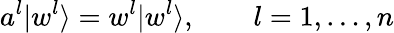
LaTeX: a^{l}|w^{l}\rangle=w^{l}|w^{l}\rangle,\qquad l=1,\ldots,n